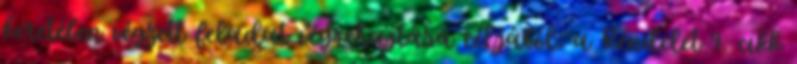
keretében végzett feladat végrehajtása céljából; a Rendelet 9. cikk